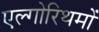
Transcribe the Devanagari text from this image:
एल्गोरिथमों